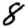
Digit: 8